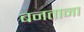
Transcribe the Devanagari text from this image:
बनताना